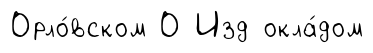
Орло́вском О Изд окла́дом